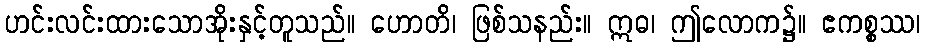
ဟင်းလင်းထားသောအိုးနှင့်တူသည်။ ဟောတိ၊ ဖြစ်သနည်း။ ဣဓ၊ ဤလောက၌။ ဧကစ္စဿ၊